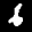
Label: 6